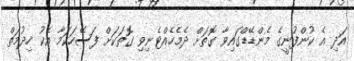
އަދި އެ ކުންފުނީގެ މެންޑޭޑްގައިވާ ގޮތަށް ދެމެހެެއްޓެނިވި ގޮތަކަށް ފަސޭހަކަމާ އެކު ހިދުމަތް